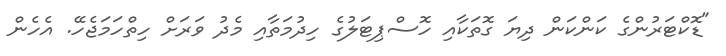
"ޑޮކްޓަރުންގެ ކަންކަން ދިޔަ ގޮތަކާއި ހޮސްޕިޓަލުގެ ހިދުމަތާއި މެދު ވަރަށް ހިތްހަމަޖެހޭ. އެހެން